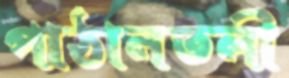
পাঠানতলী